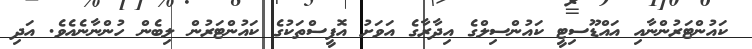
ކައުންޓަރުންނާއި އައްޑޫސިޓީ ކައުންސިލްގެ އިދާރާގެ އަވަށު އޮފީސްތަކުގެ ކައުންޓަރުން ލިބެން ހުންނާނެއެވެ. އަދި